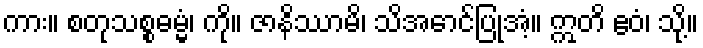
ကား။ စတုသစ္စဓမ္မံ၊ ကို။ ဇာနိဿာမိ၊ သိအောင်ပြုအံ့။ ဣတိ ဧဝံ၊ သို့။